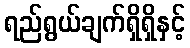
ရည်ရွယ်ချက်ရှိရှိနှင့်